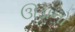
ઊડાનો